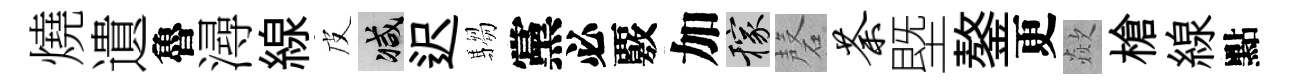
燒遺魯潯線皮减迟騶黨必覈加稼磬荼塈鏊更歘槍線點